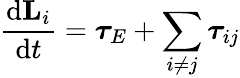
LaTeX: {\frac{\mathrm{d}\mathbf{L}_{i}}{\mathrm{d}t}}={\boldsymbol{\tau}}_{E}+\sum_{i\neq j}{\boldsymbol{\tau}}_{ij}